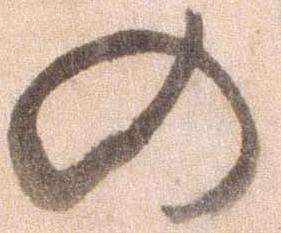
の